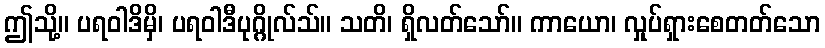
ဤသို့။ ပရဝါဒိမှိ၊ ပရဝါဒီပုဂ္ဂိုလ်သ်။ သတိ၊ ရှိလတ်သော်။ ကာယော၊ လှုပ်ရှားစေတတ်သော